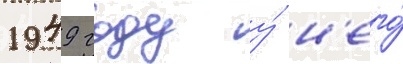
1949 году у́ н'его́